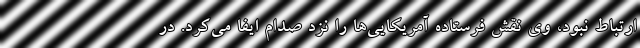
ارتباط نبود، وی نقش فرستاده آمریکایی‌ها را نزد صدام ایفا می‌کرد. در